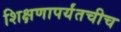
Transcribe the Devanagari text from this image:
शिक्षणापर्यंतचीच